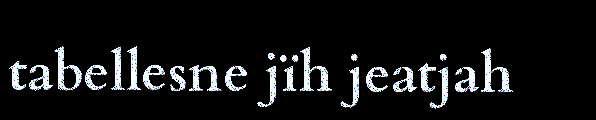
tabellesne jïh jeatjah